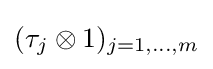
(\tau _{j}\otimes 1)_{j=1,\ldots ,m}